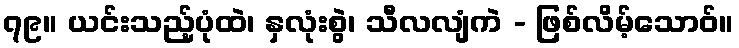
၇၉။ ယင်းသည့်ပုံထဲ၊ နှလုံးစွဲ၊ သီလလျံကဲ - ဖြစ်လိမ့်သောဝ်။